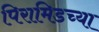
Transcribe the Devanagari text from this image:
पिरामिडच्या